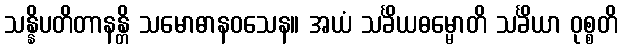
သန္နိပတိတာနန္တိ သမောဓာနဝသေန။ အယံ သင်္ခိယဓမ္မောတိ သင်္ခိယာ ဝုစ္စတိ